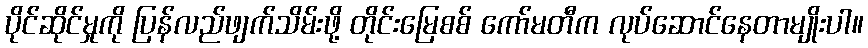
ပိုင်ဆိုင်မှုကို ပြန်လည်ဖျက်သိမ်းဖို့ တိုင်းမြေစစ် ကော်မတီက လုပ်ဆောင်နေတာမျိုးပါ။